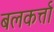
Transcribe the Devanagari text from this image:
बलकर्त्ता